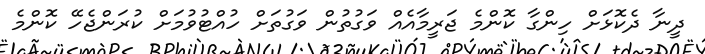
ދީނާ ދެކޮޅަށް ހިންގާ ކޮންމެ ޖަރީމާއެއް ވަގުތުން ވަގުތަށް ހުއްޓުވުމަށް ކުރަންޖެހޭ ކޮންމެ